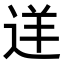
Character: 𨒫